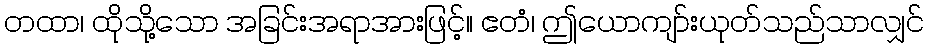
တထာ၊ ထိုသို့သော အခြင်းအရာအားဖြင့်။ ဧတံ၊ ဤယောကျာ်းယုတ်သည်သာလျှင်